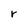
Character: r